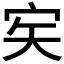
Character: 𡧦